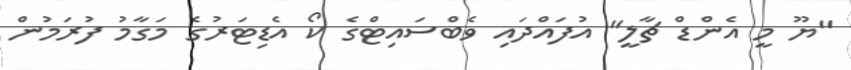
"ޔޫ މީ އެންޑް ޗާލީ" އުފައްދައި ވެބްސައިޓްގެ ކޯ އެޑިޓަރުގެ މަގާމު ފުރަމުން